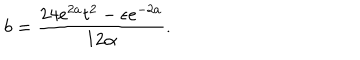
LaTeX: b = \frac { 2 4 e ^ { 2 a } t ^ { 2 } - \epsilon e ^ { - 2 a } } { 1 2 \alpha } .